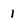
Character: I